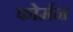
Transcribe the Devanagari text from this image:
फोर्मन